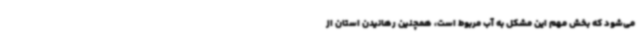
می‌شود که بخش مهم این مشکل به آب مربوط است، همچنین رهانیدن استان از